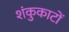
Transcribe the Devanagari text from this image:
शंकुकाटों